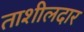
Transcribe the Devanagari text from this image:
ताशीलदार